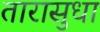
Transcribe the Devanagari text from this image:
तारासुधा